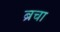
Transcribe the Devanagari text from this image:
ब्रचा